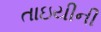
તાઇયીની